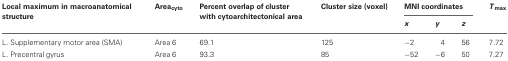
<table><thead><tr><td><b>Local maximum in macroanatomical structure</b></td><td><b>Area<sub>cyto</sub></b></td><td><b>Percent overlap of cluster with cytoarchitectonical area</b></td><td><b>Cluster size (voxel)</b></td><td colspan="3"><b>MNI coordinates</b></td><td><b><i>T</i><sub>max</sub></b></td></tr><tr><td></td><td></td><td></td><td></td><td><b><i>x</i></b></td><td><b><i>y</i></b></td><td><b><i>z</i></b></td><td></td></tr></thead><tbody><tr><td>L. Supplementary motor area (SMA)</td><td>Area 6</td><td>69.1</td><td>125</td><td>−2</td><td>4</td><td>56</td><td>7.72</td></tr><tr><td>L. Precentral gyrus</td><td>Area 6</td><td>93.3</td><td>85</td><td>−52</td><td>−6</td><td>50</td><td>7.27</td></tr></tbody></table>